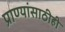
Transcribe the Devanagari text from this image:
प्राण्यांसाठीही